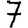
Digit: 7